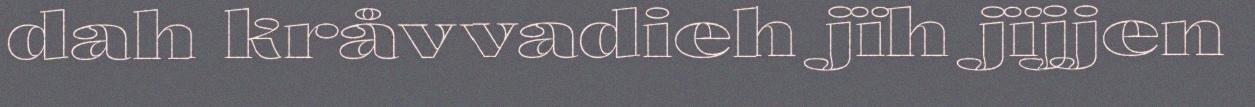
dah kråvvadieh jïh jïjjen